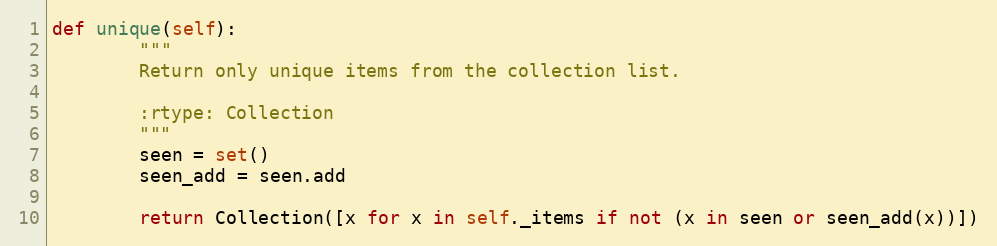
Language: Python
def unique(self):
        """
        Return only unique items from the collection list.

        :rtype: Collection
        """
        seen = set()
        seen_add = seen.add

        return Collection([x for x in self._items if not (x in seen or seen_add(x))])